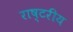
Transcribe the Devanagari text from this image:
राष्टरीय